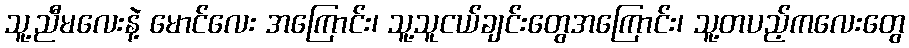
သူ့ညီမလေးနဲ့ မောင်လေး အကြောင်း၊ သူ့သူငယ်ချင်းတွေအကြောင်း၊ သူ့တပည့်ကလေးတွေ